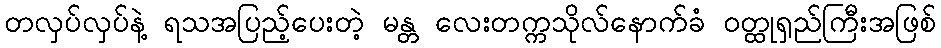
တလှပ်လှပ်နဲ့ ရသအပြည့်ပေးတဲ့ မန္တ လေးတက္ကသိုလ်နောက်ခံ ဝတ္ထုရှည်ကြီးအဖြစ်